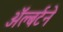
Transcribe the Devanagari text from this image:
ॲल्बर्टने